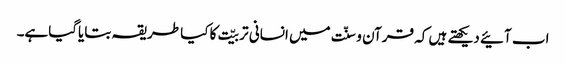
اب آئیے دیکھتے ہیں کہ قرآن و سنّت میں انسانی تربیّت کا کیا طریقہ بتایاگیاہے۔